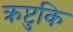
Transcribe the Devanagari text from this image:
क्रप्टुकि